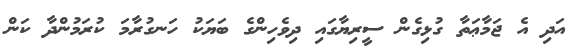
އަދި އެ ޖަމާޢަތާ ގުޅިގެން ސީރިޔާގައި ދިވެހިންގެ ބަޔަކު ހަނގުރާމަ ކުރަމުންދާ ކަން